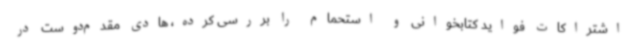
اشتراکات فواید کتابخوانی و استحمام را بررسی کرده، هادی مقدم‌دوست در